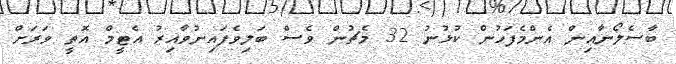
ބާސެލޯނާއިން އެންމެފަހުން ކުޅުނު 32 މެޗުން ވެސް ބަލިވެފައިނުވާއިރު އެޓީމް އޮތީ ވަރަށް